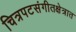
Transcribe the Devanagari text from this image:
चित्रपटसंगीतक्षेत्रात